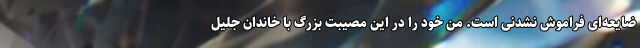
ضایعه‌ای فراموش نشدنی است. من خود را در این مصیبت بزرگ با خاندان جلیل